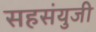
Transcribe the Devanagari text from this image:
सहसंयुजी